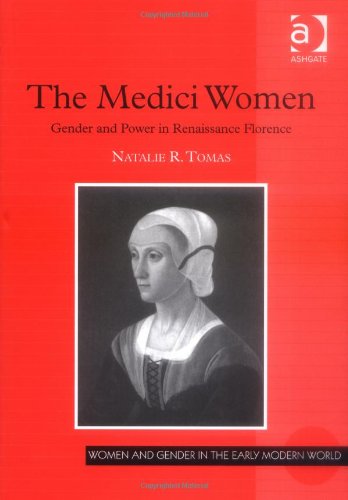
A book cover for The Medici Women: Gender and Power in Renaissance Florence (Women and Gender in the Early Modern World); Natalie R. Tomas; Gay & Lesbian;